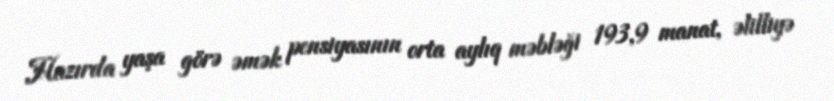
Hazırda yaşa görə əmək pensiyasının orta aylıq məbləği 193,9 manat, əlilliyə